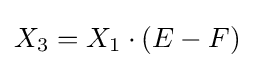
X_{3}=X_{1}\cdot (E-F)